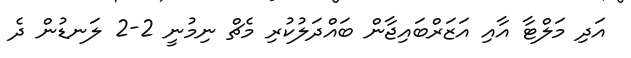
އަދި މަލްޓާ އާއި އަޒަރްބައިޖާން ބައްދަލުކުރި މެޗް ނިމުނީ 2-2 ލަނޑުން ދެ